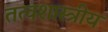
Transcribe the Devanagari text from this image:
तत्वशास्त्रीय